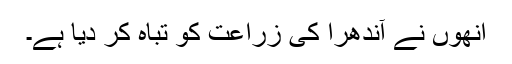
انھوں نے آندھرا کی زراعت کو تباہ کر دیا ہے۔